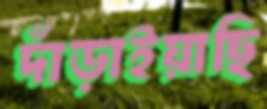
দাঁড়াইয়াছি